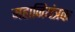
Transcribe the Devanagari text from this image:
महानियंत्रक